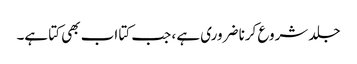
جلد شروع کرنا ضروری ہے ، جب کتا اب بھی کتا ہے۔